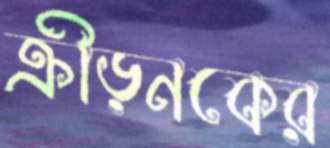
ক্রীড়নকের